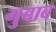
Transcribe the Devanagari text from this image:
गुबाब